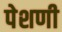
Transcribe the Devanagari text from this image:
पेशणी